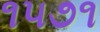
૧૫૭૧